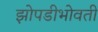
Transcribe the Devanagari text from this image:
झोपडीभोवती